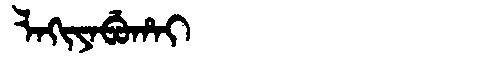
Manchu: ᠯᠠᡴᡳᠶᠠᠪᡠᡥᠠᡳ
Romanization: LAKIYABUHAI